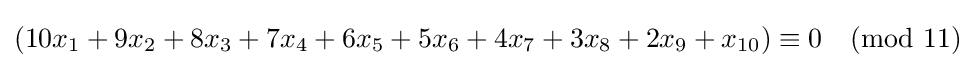
(10x_{1}+9x_{2}+8x_{3}+7x_{4}+6x_{5}+5x_{6}+4x_{7}+3x_{8}+2x_{9}+x_{10})\equiv 0{\pmod {11}}